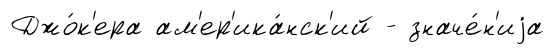
Джо́к'ера ам'ер'ика́нск'ий - значе́н'иjа